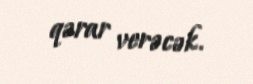
qərar verəcək.